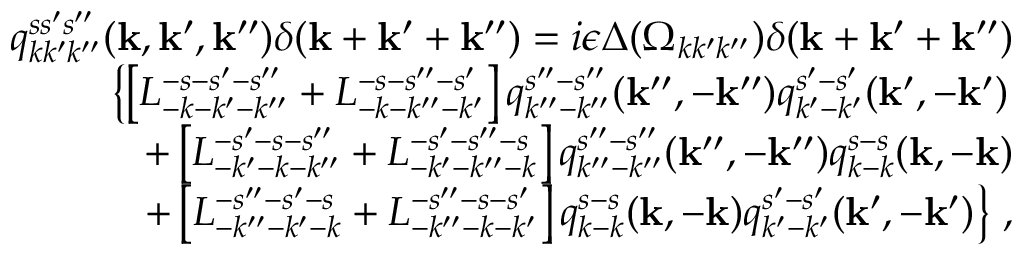
\begin{array} { r l r } & { } & { q _ { k k ^ { \prime } k ^ { \prime \prime } } ^ { s s ^ { \prime } s ^ { \prime \prime } } ( { \bf k } , { \bf k } ^ { \prime } , { \bf k } ^ { \prime \prime } ) \delta ( { \bf k } + { \bf k } ^ { \prime } + { \bf k } ^ { \prime \prime } ) = i \epsilon \Delta ( \Omega _ { k k ^ { \prime } k ^ { \prime \prime } } ) \delta ( { \bf k } + { \bf k } ^ { \prime } + { \bf k } ^ { \prime \prime } ) } \\ & { } & { \left\{ \left[ L _ { - k - k ^ { \prime } - k ^ { \prime \prime } } ^ { - s - s ^ { \prime } - s ^ { \prime \prime } } + L _ { - k - k ^ { \prime \prime } - k ^ { \prime } } ^ { - s - s ^ { \prime \prime } - s ^ { \prime } } \right] q _ { k ^ { \prime \prime } - k ^ { \prime \prime } } ^ { s ^ { \prime \prime } - s ^ { \prime \prime } } ( { \bf k } ^ { \prime \prime } , - { \bf k } ^ { \prime \prime } ) q _ { k ^ { \prime } - k ^ { \prime } } ^ { s ^ { \prime } - s ^ { \prime } } ( { \bf k } ^ { \prime } , - { \bf k } ^ { \prime } ) \right. } \\ & { } & { + \left[ L _ { - k ^ { \prime } - k - k ^ { \prime \prime } } ^ { - s ^ { \prime } - s - s ^ { \prime \prime } } + L _ { - k ^ { \prime } - k ^ { \prime \prime } - k } ^ { - s ^ { \prime } - s ^ { \prime \prime } - s } \right] q _ { k ^ { \prime \prime } - k ^ { \prime \prime } } ^ { s ^ { \prime \prime } - s ^ { \prime \prime } } ( { \bf k } ^ { \prime \prime } , - { \bf k } ^ { \prime \prime } ) q _ { k - k } ^ { s - s } ( { \bf k } , - { \bf k } ) } \\ & { } & { \left. + \left[ L _ { - k ^ { \prime \prime } - k ^ { \prime } - k } ^ { - s ^ { \prime \prime } - s ^ { \prime } - s } + L _ { - k ^ { \prime \prime } - k - k ^ { \prime } } ^ { - s ^ { \prime \prime } - s - s ^ { \prime } } \right] q _ { k - k } ^ { s - s } ( { \bf k } , - { \bf k } ) q _ { k ^ { \prime } - k ^ { \prime } } ^ { s ^ { \prime } - s ^ { \prime } } ( { \bf k } ^ { \prime } , - { \bf k } ^ { \prime } ) \right\} \, , } \end{array}